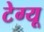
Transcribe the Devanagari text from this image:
टेग्यू